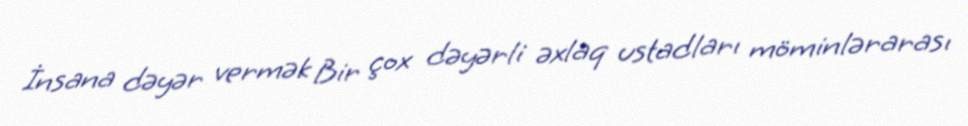
İnsana dəyər vermək Bir çox dəyərli əxlaq ustadları möminlərarası